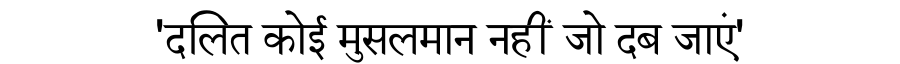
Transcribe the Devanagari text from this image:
'दलित कोई मुसलमान नहीं जो दब जाएं'